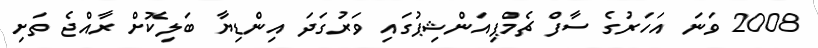
2008 ވަނަ އަހަރުގެ ސާފް ޗެމްޕިއަންޝިޕުގައި ވަރުގަދަ އިންޑިޔާ ބަލިކޮށް ރާއްޖެ ތަށި